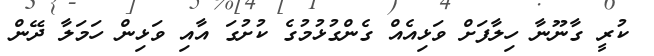
ކުރީ ގާނޫނާ ހިލާފަށް ވަޅިއެއް ގެންގުޅުމުގެ ކުށުގަ އާއި ވަޅިން ހަމަލާ ދޭން